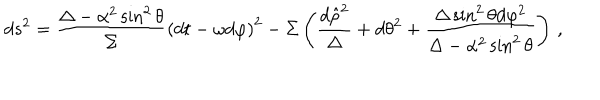
d s ^ { 2 } = \frac { \Delta - \alpha ^ { 2 } \sin ^ { 2 } \theta } { \Sigma } \left( d t - \omega d \varphi \right) ^ { 2 } - \Sigma \left( \frac { d \hat { \rho } ^ { 2 } } { \Delta } + d \theta ^ { 2 } + \frac { \Delta \sin ^ { 2 } \theta d \varphi ^ { 2 } } { \Delta - \alpha ^ { 2 } \sin ^ { 2 } \theta } \right) \, ,